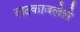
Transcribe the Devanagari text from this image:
लटकावलेले